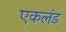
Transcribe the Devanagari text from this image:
एकलंड